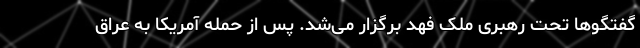
گفتگوها تحت رهبری ملک فهد برگزار می‌شد. پس از حمله آمریکا به عراق